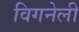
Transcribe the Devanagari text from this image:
विगनेली